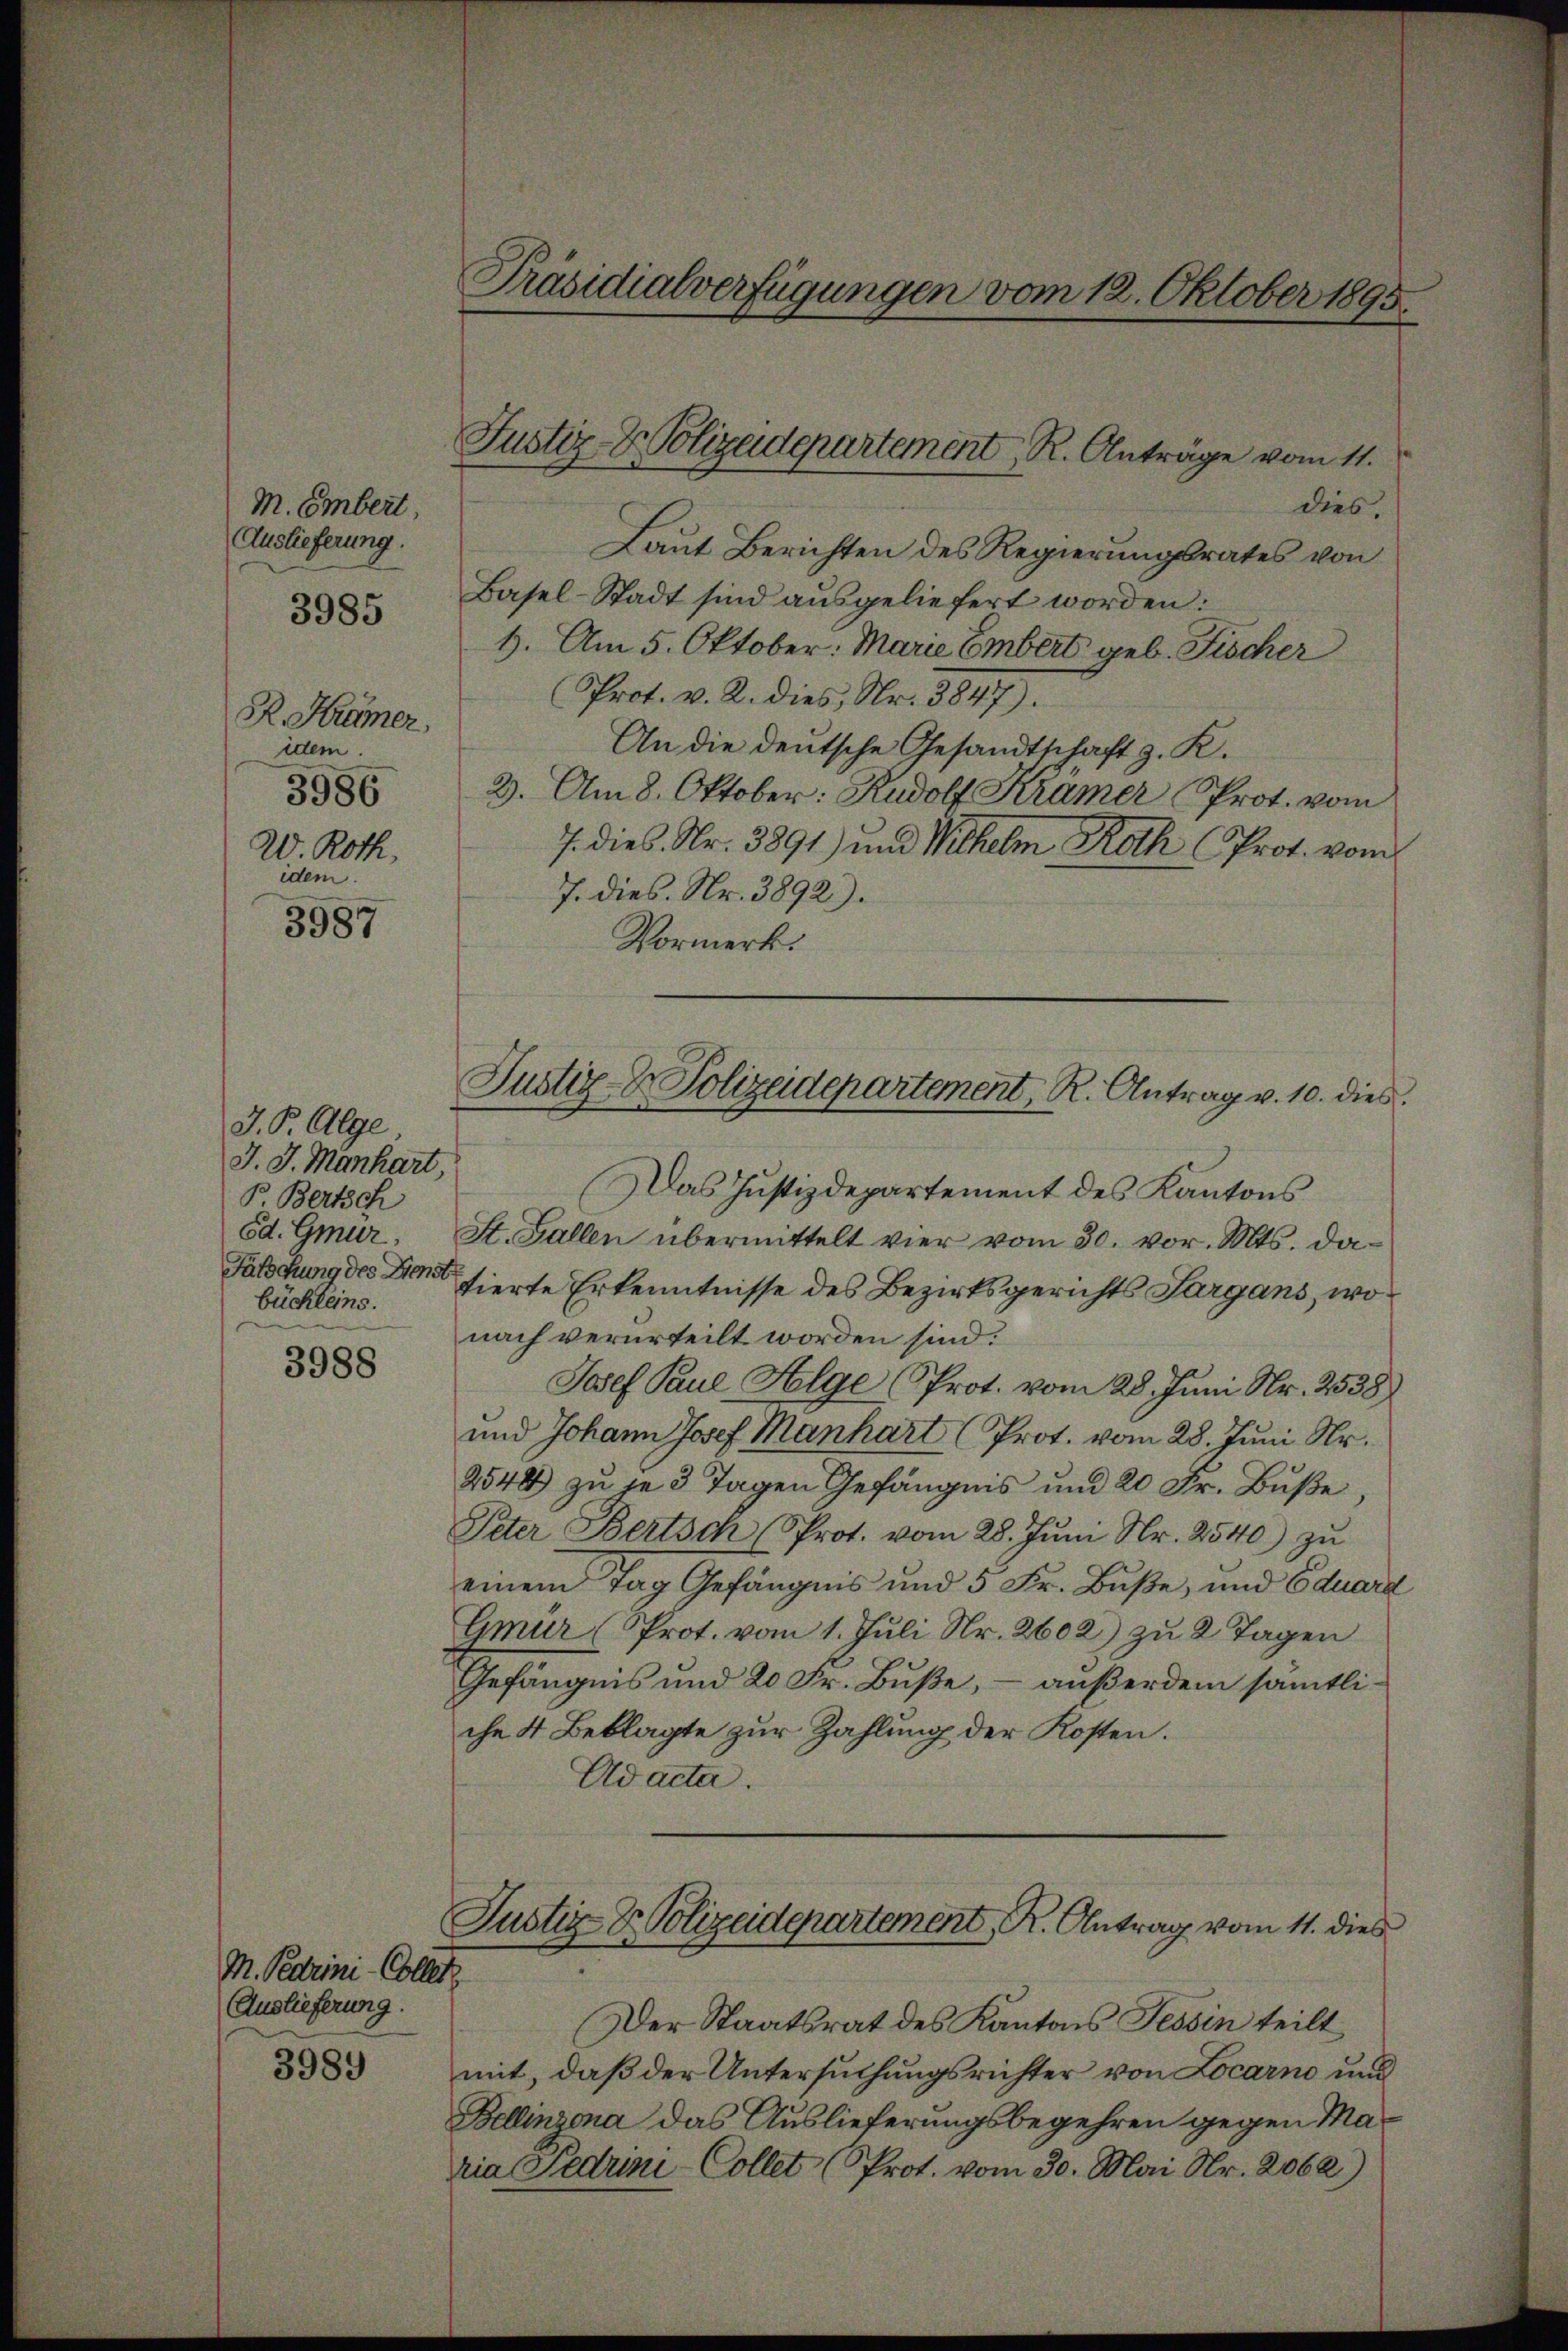
M. Embert,
Auslieferung.
R. Krümer,
idem.
3986
W. Roth,
idem.

3985

3987

J. P. Alge
J. J. Manhart
B. Bertsch
od. Gmür,
Fälschung des Dienst
büchleins.

3988

M. Pedrini-Collen.
Auslieferung.
3989

Präsidialverfügungen vom 12. Oktober 1895.

dies.
Laut Berichten des Regierungsrates von
Basel-Stadt sind ausgeliefert worden:
1. Am 5. Oktober. Marie Embert geb. Fischer
Prot. v. 2. dies, Nr. 3847).
An die deutsche Gesandtschaft z. K.
2. Am 8. Oktober: Rudolf Kramer Prot. vom
7. dies. Nr. 3891) und Wilhelm Rath (Prot. vom
7. dies. Nr. 3892).
Vormerk.
Das Justizdepartement des Kantons
St. Gallen übermittelt vier vom 30. vor. Mts. datierte Erkenntnisse des Bezirksgerichts Sargans, wonach verurteilt worden sind.
Josef Paul Alge (Prot. vom 28. Juni Nr. 2538
und Johann Josef Manhart (Prot. vom 28. Juni Nr.
2548 zu je 3 Tagen Gefängnis und 20 Fr. Bŭβe
Peter Bertsch Sprot. vom 28. Jŭni Nr. 2540) zŭ
einem Tag Gefängnis und 5 Fr. Buße, und Eduard
Gmur (Prot. vom 1. Juli Nr. 2602) zu 2 Tagen
Gefängnis und 20 Fr. Buße, – außerdem sämtliche 4 Beklagte zur Zahlung der Kosten.
Ad acta.

Justiz- & Polizeidepartement R. Anträge vom 11.

Justiz- & Polizeidepartement, R. Antrag v. 10. dies

Justiz & Polizeidepartement, K. Antrag vom 11. dies

Der Staatsrat des Kantons Tessin teilt
mit, daß der Untersuchungsrichter von Locarno und
Bellinzona das Auslieferungsbegehren gegen Maria Sedumi-Collet (Prot. vom 30. Mai Nr. 2062)